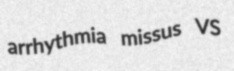
arrhythmia missus VS